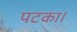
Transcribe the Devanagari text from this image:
पटका।